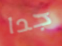
جدا